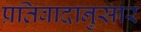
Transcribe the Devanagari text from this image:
प्रतिवादानुसार